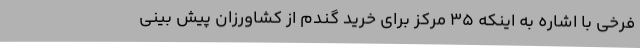
فرخی با اشاره به اینکه 35 مرکز برای خرید گندم از کشاورزان پیش بینی